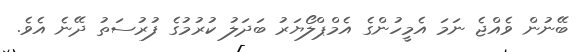
ބޭނުން ވެއްޖެ ނަމަ އެމީހުންގެ އެމްޕްލޯޔަރު ބަދަލު ކުރުމުގެ ފުރުސަތު ދޭނެ އެވެ.